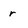
Character: r